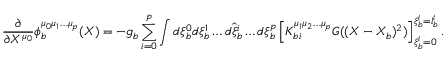
\frac { \partial } { \partial X ^ { \mu _ { 0 } } } \phi _ { b } ^ { \mu _ { 0 } \mu _ { 1 } \ldots \mu _ { p } } ( X ) = - g _ { b } \sum _ { i = 0 } ^ { p } \int d \xi _ { b } ^ { 0 } d \xi _ { b } ^ { 1 } \ldots \hat { d \xi _ { b } ^ { i } } \ldots d \xi _ { b } ^ { p } \left[ K _ { b i } ^ { \mu _ { 1 } \mu _ { 2 } \ldots \mu _ { p } } G ( ( X - X _ { b } ) ^ { 2 } ) \right] _ { \xi _ { b } ^ { i } = 0 } ^ { \xi _ { b } ^ { i } = l _ { b } ^ { i } } .